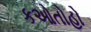
કઓતોહો